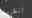
تنظرون